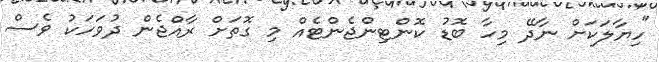
"ހިޔާލަކަށް ނާދޭ މިހާ ބޮޑު ކޮންޓިންޖެންޓެއް މި ގޮތަށް ރާއްޖެން ދުވަހަކު ވެސް